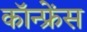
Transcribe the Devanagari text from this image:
कॉन्‍फ्रेंस